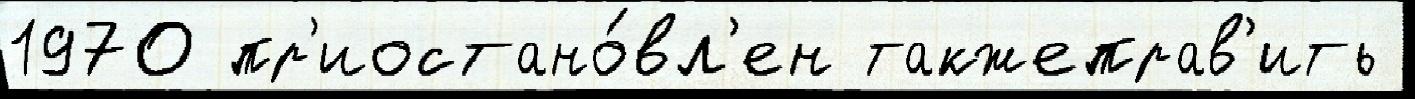
1970 пр'иостано́вл'ен такжеправ'ить